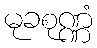
မုခစုဏ္ဏံ